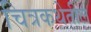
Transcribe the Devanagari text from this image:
चित्रकथेतील